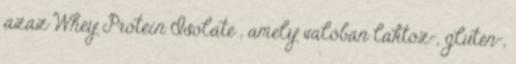
azaz Whey Protein Isolate , amely valóban laktóz-, glutén-,